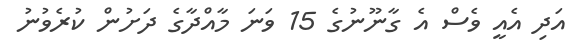
އަދި އެއީ ވެސް އެ ގާނޫނުގެ 15 ވަނަ މާއްދާގެ ދަށުން ކުރެވުނު